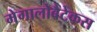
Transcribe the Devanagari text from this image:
मेगालोबैटेकस